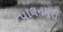
પાલનપૂરી